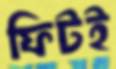
ফিটই